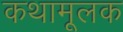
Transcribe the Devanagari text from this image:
कथामूलक